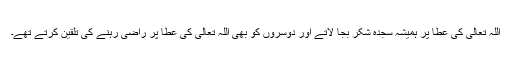
اللہ تعالیٰ کی عطا پر ہمیشہ سجدہ شکر بجا لاتے اور دوسروں کو بھی اللہ تعالیٰ کی عطا پر راضی رہنے کی تلقین کرتے تھے۔